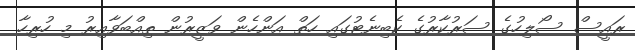
ރައީސް ސޯލިހުގެ ސަރުކާރުގެ ކެބިނެޓުގައި ހަތް އަންހެން ވަޒީރުން ތިއްބަވާއިރު މި ހުރިހާ